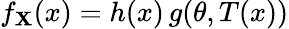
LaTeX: f_{\mathbf{X}}(x)=h(x)\, g(\theta,T(x))